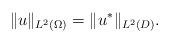
LaTeX: \begin{align*}\| u\|_{L^{2}(\Omega)}=\| u^{\ast}\|_{L^{2}(D)}.\end{align*}